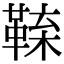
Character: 𩋑